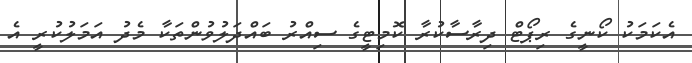
އެކަމަކު ކޯނީގެ ރިޕޯޓް ދިރާސާކުރާ ކޮމިޓީގެ ސިއްރު ބައްދަލުވުންތަކާ މެދު އަމަލުކުރީ އެ